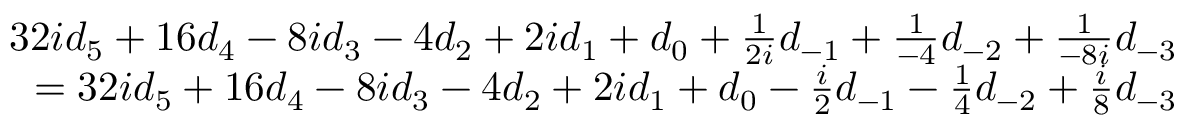
{ \begin{array} { r } { 3 2 i d _ { 5 } + 1 6 d _ { 4 } - 8 i d _ { 3 } - 4 d _ { 2 } + 2 i d _ { 1 } + d _ { 0 } + { \frac { 1 } { 2 i } } d _ { - 1 } + { \frac { 1 } { - 4 } } d _ { - 2 } + { \frac { 1 } { - 8 i } } d _ { - 3 } } \\ { = 3 2 i d _ { 5 } + 1 6 d _ { 4 } - 8 i d _ { 3 } - 4 d _ { 2 } + 2 i d _ { 1 } + d _ { 0 } - { \frac { i } { 2 } } d _ { - 1 } - { \frac { 1 } { 4 } } d _ { - 2 } + { \frac { i } { 8 } } d _ { - 3 } } \end{array} }